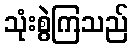
သုံးစွဲကြသည်